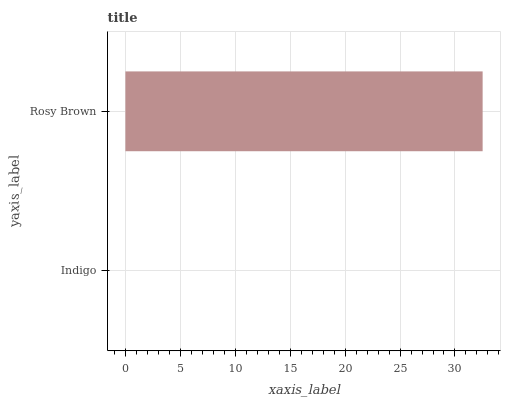
| yaxis_label | bars |
 | --- | --- |
 | Indigo | 0 |
 | Rosy Brown | 32.5 |